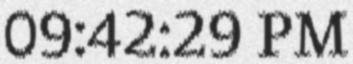
09:42:29 PM